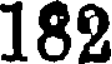
182